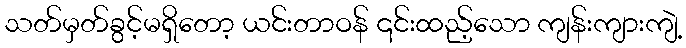
သတ်မှတ်ခွင့်မရှိတော့ ယင်းတာဝန် ၎င်းထည့်သော ကျန်းကျားကျဲ့